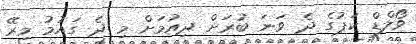
ވޯލްޑް ކަޕުގެ ދެ ވަނަ ބުރަށް ދިއުމަށް މި ދެ ގައުމު މިރޭ